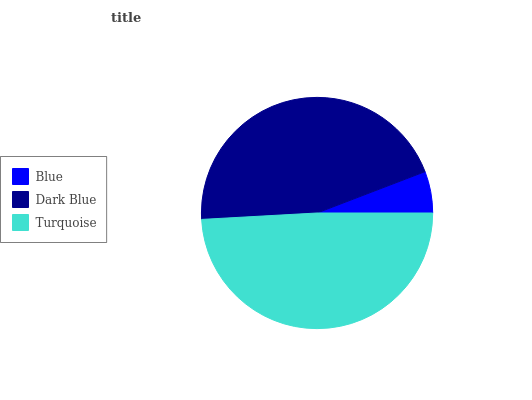
| Blue | Dark Blue | Turquoise |
 | --- | --- | --- |
 | 5.81% | 45% | 49.2% |